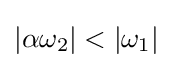
|\alpha \omega _{2}|<|\omega _{1}|